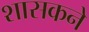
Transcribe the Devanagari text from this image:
शासकने